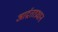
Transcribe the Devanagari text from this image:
आर्द्रताप्रधान